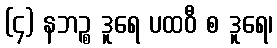
(၄) နဘဉ္စ ဒူရေ ပထဝီ စ ဒူရေ၊